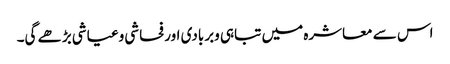
اس سے معاشرہ میں تباہی وبربادی اورفحاشی وعیاشی بڑھے گی۔